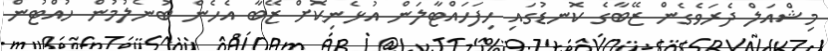
މިޝްއަލް ދެރަވެގެން ޒޭބާގެ ކޮނޑުގައި ހިފަހައްޓާލަން އުޅެނިކޮށް ޒޭބާ އެހެން ބުނެލުމުން ހުއްޓުން